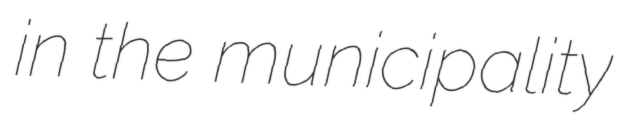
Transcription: in the municipality